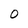
Character: O